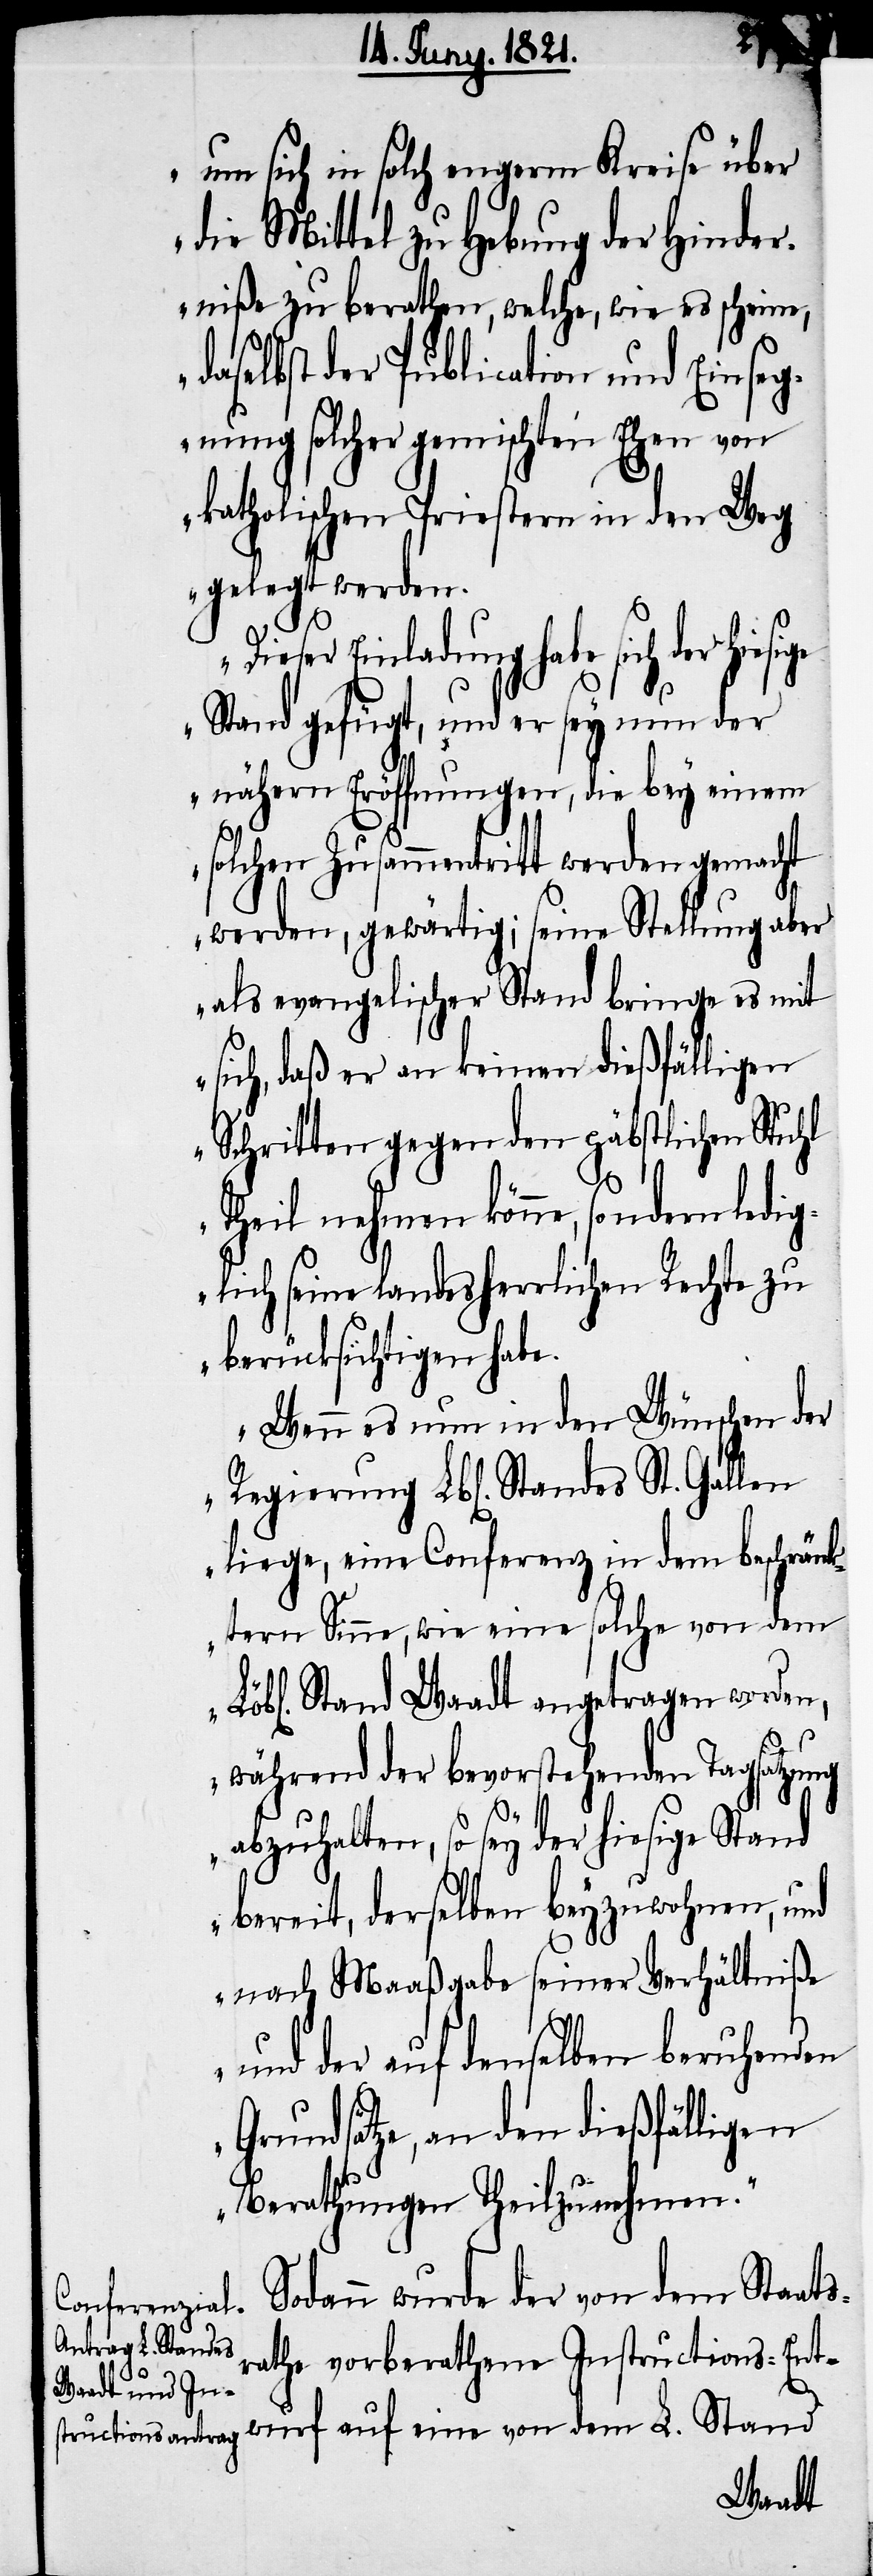
um sich in solch engerm Kreise über
die Mittel zu Hebung der Hinder¬
niße zu berathen, welche, wie es scheine,
daselbst der Publication und Einseg¬
nung solcher gemischten Ehen von
katholischen Priestern in den Weg
gelegt werden.
Dieser Einladung habe sich
Stand gefügt, und er sey nun der
nähern Eröffnungen, die bey einem
solchen Zusammentritt werden gemacht
werden gewärtig; seine Stellung aber
als evangelischer Stand bringe es mit
sich, daß er an keinen dießfälligen
Schritten gegen den päbstlichen Stuhl
Theil nehmen könne, sondern ledig¬
lich seine landesherrlichen Rechte zu
berücksichtigen habe.
Wenn es nun in den Wünschen der
liege, eine Conferenz in dem beschränk¬
tern Sinne, wie eine solche von dem
Stand Waadt angetragen worden,
während der bevorstehenden Tagsatzung
abzuhalten, so sey der hiesige Stand
bereit, derselben beyzuwohnen, und
nach Maaßgabe seiner Verhältniße
und der auf denselben beruhenden
Grundsätze, an den dießfälligen
Berathungen Theil zu nehmen.“
Sodann wurde der von dem Staats¬
rathe vorberathene Instructions-Ent¬
wurf auf eine von dem L. Stand
Standes